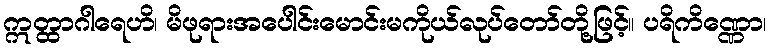
ဣတ္ထာဂါရေဟိ၊ မိဖုရားအပေါင်းမောင်းမကိုယ်လုပ်တော်တို့ဖြင့်။ ပရိကိဏ္ဏော၊